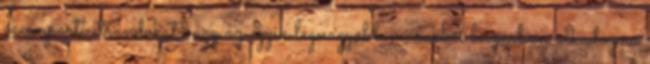
óceánparti strandokat vagy az egyik legnagyobb marokkói bazárban alkudozna